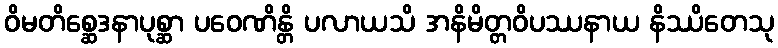
ဝိမတိစ္ဆေဒနာပုစ္ဆာ ပဝေဏိန္တိ ပလာယသိ အနိမိတ္တဝိပဿနာယ နိဿိတေသု